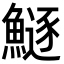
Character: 鱁